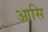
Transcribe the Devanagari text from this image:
आसि